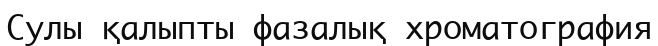
Сулы қалыпты фазалық хроматография